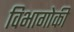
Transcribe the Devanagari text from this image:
विभागोकी